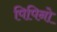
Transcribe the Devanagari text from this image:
पिपिनो